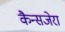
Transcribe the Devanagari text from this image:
कैन्सजेरा